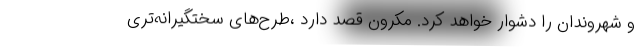
و شهروندان را دشوار خواهد کرد. مکرون قصد دارد ،طرح‌های سختگیرانه‌تری